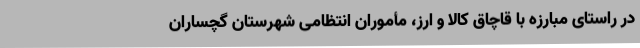
در راستای مبارزه با قاچاق کالا و ارز، مأموران انتظامی شهرستان گچساران